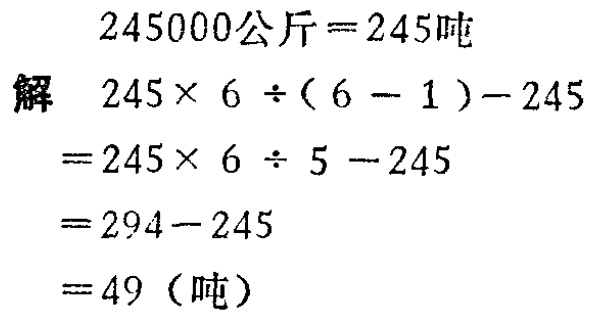
\[
\begin{align*}
245000\text{公斤}&=245\text{吨}\\
\text{解}\quad 245\times 6\div(6 - 1)-245&\\
=245\times 6\div 5 - 245&\\
=294 - 245&\\
=49(\text{吨})
\end{align*}
\]